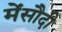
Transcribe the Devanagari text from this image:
मेंसौदी